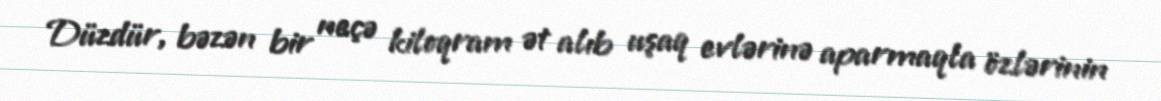
Düzdür, bəzən bir neçə kiloqram ət alıb uşaq evlərinə aparmaqla özlərinin